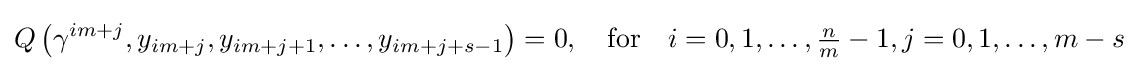
Q\left(\gamma ^{im+j},y_{im+j},y_{im+j+1},\ldots ,y_{im+j+s-1}\right)=0,\quad {\text{for}}\quad i=0,1,\ldots ,{\tfrac {n}{m}}-1,j=0,1,\ldots ,m-s